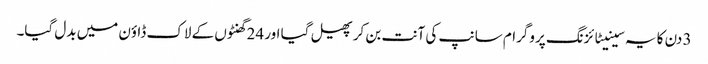
3 دن کا یہ سینیٹائزنگ پروگرام سانپ کی آنت بن کر پھیل گیا اور 24 گھنٹوں کے لاک ڈاؤن میں بدل گیا۔